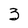
Character: 3